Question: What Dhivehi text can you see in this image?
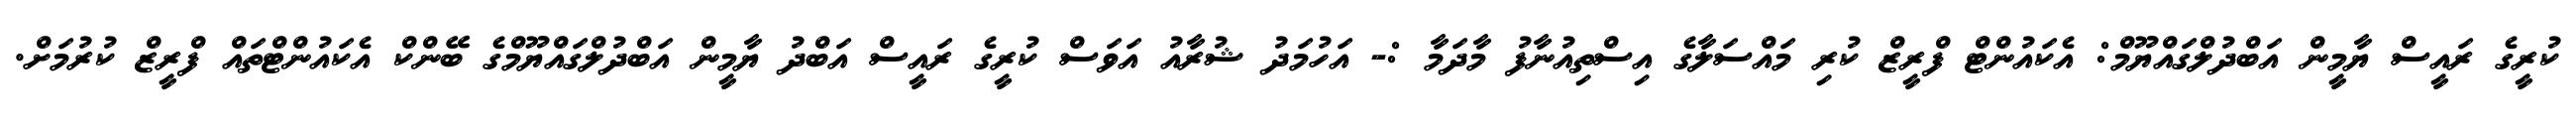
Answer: ކުރީގެ ރައީސް ޔާމީން އަބްދުލްގައްޔޫމް: އެކައުންޓް ފްރީޒް ކުރި މައްސަލާގެ އިސްތިއުނާފު މާދަމާ :- އަހުމަދު ޝުރާއު އަވަސް ކުރީގެ ރައީސް އަބްދު ޔާމީން އަބްދުލްގައްޔޫމްގެ ބޭންކް އެކައުންޓްތައް ފްރީޒް ކުރުމަށް.